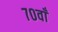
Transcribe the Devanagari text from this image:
७०वाँ